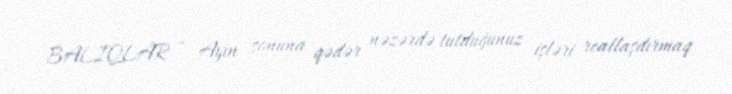
BALIQLAR – Ayın sonuna qədər nəzərdə tutduğunuz işləri reallaşdırmaq